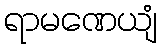
ရာမဏေယျံ